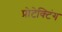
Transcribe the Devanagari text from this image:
प्रोटेक्टिंग